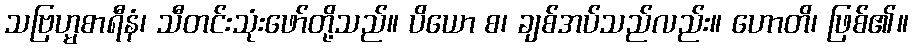
သဗြဟ္မစာရီနံ၊ သီတင်းသုံးဖော်တို့သည်။ ပိယော စ၊ ချစ်အပ်သည်လည်း။ ဟောတိ၊ ဖြစ်၏။